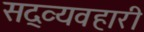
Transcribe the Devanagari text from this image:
सद्व्यवहारी